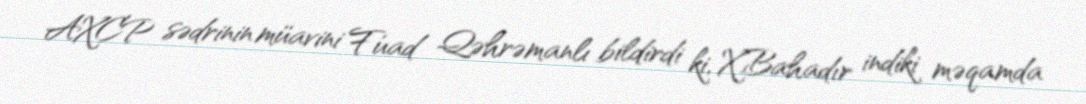
AXCP sədrinin müavini Fuad Qəhrəmanlı bildirdi ki, X.Bahadır indiki məqamda